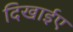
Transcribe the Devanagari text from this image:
दिखाईए